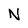
Character: N